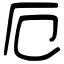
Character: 厄